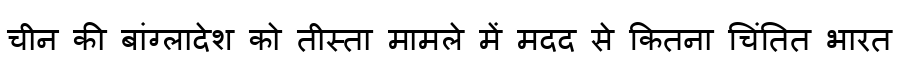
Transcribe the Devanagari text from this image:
चीन की बांग्लादेश को तीस्ता मामले में मदद से कितना चिंतित भारत